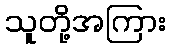
သူတို့အကြား